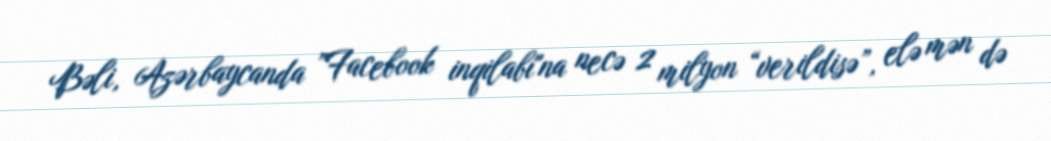
Bəli, Azərbaycanda ”Facebook inqilabı"na necə 2 milyon “verildisə”, elə mən də